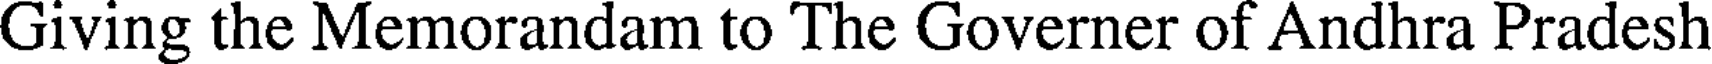
Giving the Memorandam to The Governer of Andhra Pradesh